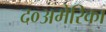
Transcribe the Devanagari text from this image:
द०अमेरिका